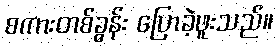
စကားတစ်ခွန်း ပြောခဲ့ဖူးသည်။